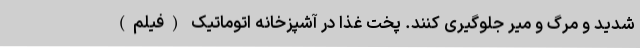
شدید و مرگ و میر جلوگیری کنند. پخت غذا در آشپزخانه اتوماتیک (فیلم)